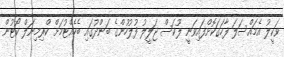
ވަކީލު އެމައްސަލަ ފާހަަގަކޮށްފައިވަނީ ލޫކަސް ޖަލީލު ފުލުހުންގެ ބަންދުގައި ބެހެއްޓުމަށް ކްރިމިނަލް ކޯޓުން